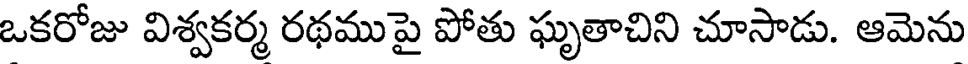
ఒకరోజు విశ్వకర్మ రథముపై పోతు ఘృతాచిని చూసాడు. ఆమెను